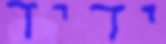
ידיד